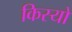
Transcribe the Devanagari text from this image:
किस्यो